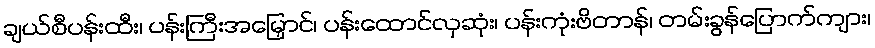
ချယ်စီပန်းထီး၊ ပန်းကြီးအမြှောင်၊ ပန်းထောင်လှဆုံး၊ ပန်းကုံးဗိတာန်၊ တမ်းခွန်ပြောက်ကျား၊